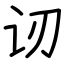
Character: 讱